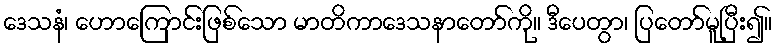
ဒေသနံ၊ ဟောကြောင်းဖြစ်သော မာတိကာဒေသနာတော်ကို။ ဒီပေတွာ၊ ပြတော်မူပြီး၍။